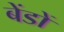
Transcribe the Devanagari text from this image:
बेंडों